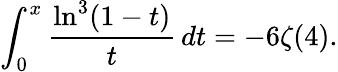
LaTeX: \int_{0}^{x}\frac{\ln^{3}(1-t)}{t}\, dt=-6\zeta(4).